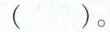
()。